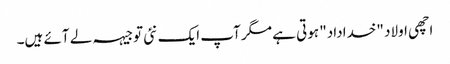
اچھی اولاد "خداداد" ہوتی ہے مگر آپ ایک نئی توجیہہ لے آئے ہیں۔